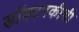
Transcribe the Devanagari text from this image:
डॉक्टरकीची